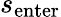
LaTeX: s_{\mathrm{enter}}